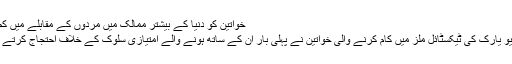
خواتین کو دنیا کے بیشتر ممالک میں مردوں کے مقابلے میں کم اجرت دی جاتی ہے
8 مارچ 1857 کو نیو یارک کی ٹیکسٹائل ملز میں کام کرنے والی خواتین نے پہلی بار ان کے ساتھ ہونے والے امتیازی سلوک کے خلاف احتجاج کرتے ہوئے ہڑتال کی تھی۔